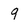
Character: 9